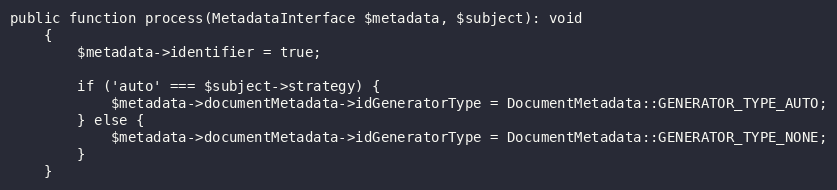
Language: PHP
public function process(MetadataInterface $metadata, $subject): void
    {
        $metadata->identifier = true;

        if ('auto' === $subject->strategy) {
            $metadata->documentMetadata->idGeneratorType = DocumentMetadata::GENERATOR_TYPE_AUTO;
        } else {
            $metadata->documentMetadata->idGeneratorType = DocumentMetadata::GENERATOR_TYPE_NONE;
        }
    }